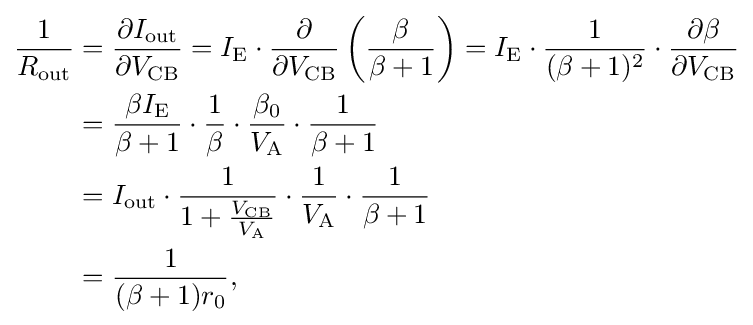
{\begin{aligned}{\frac {1}{R_{\text{out}}}}&={\frac {\partial I_{\text{out}}}{\partial V_{\text{CB}}}}=I_{\text{E}}\cdot {\frac {\partial }{\partial V_{\text{CB}}}}\left({\frac {\beta }{\beta +1}}\right)=I_{\text{E}}\cdot {\frac {1}{(\beta +1)^{2}}}\cdot {\frac {\partial \beta }{\partial V_{\text{CB}}}}\\&={\frac {\beta I_{\text{E}}}{\beta +1}}\cdot {\frac {1}{\beta }}\cdot {\frac {\beta _{0}}{V_{\text{A}}}}\cdot {\frac {1}{\beta +1}}\\&=I_{\text{out}}\cdot {\frac {1}{1+{\frac {V_{\text{CB}}}{V_{\text{A}}}}}}\cdot {\frac {1}{V_{\text{A}}}}\cdot {\frac {1}{\beta +1}}\\&={\frac {1}{(\beta +1)r_{0}}},\end{aligned}}